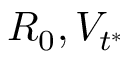
R _ { 0 } , V _ { t ^ { * } }